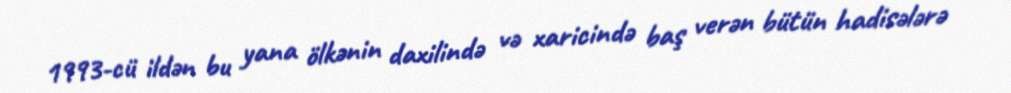
1993-cü ildən bu yana ölkənin daxilində və xaricində baş verən bütün hadisələrə